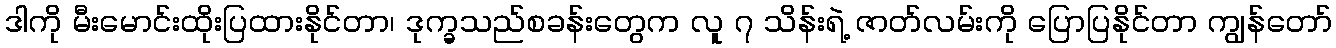
ဒါကို မီးမောင်းထိုးပြထားနိုင်တာ၊ ဒုက္ခသည်စခန်းတွေက လူ ၇ သိန်းရဲ့ ဇာတ်လမ်းကို ပြောပြနိုင်တာ ကျွန်တော်